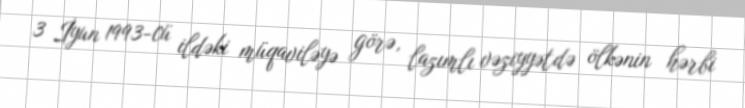
3 İyun 1993-cü ildəki müqaviləyə görə, lazımlı vəziyyətdə ölkənin hərbi